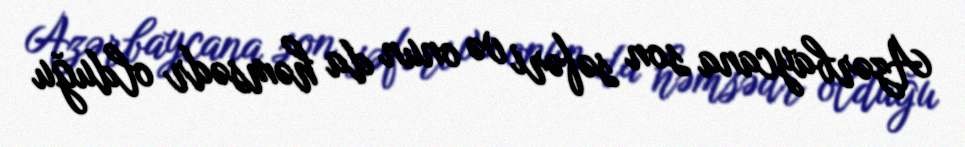
Azərbaycana son səfəri və onun da həmsədr olduğu